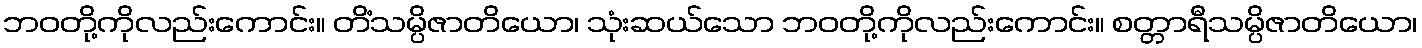
ဘဝတို့ကိုလည်းကောင်း။ တိံသမ္ပိဇာတိယော၊ သုံးဆယ်သော ဘဝတို့ကိုလည်းကောင်း။ စတ္တာရီသမ္ပိဇာတိယော၊